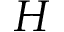
H